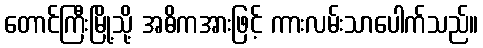
တောင်ကြီးမြို့သို့ အဓိကအားဖြင့် ကားလမ်းသာပေါက်သည်။